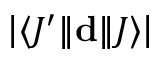
\left| \langle J ^ { \prime } | \! | \mathbf { d } | \! | J \rangle \right|